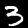
Digit: 3